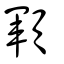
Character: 顐